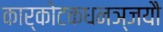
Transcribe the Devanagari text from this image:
कार्कोटकधनञ्जयौ